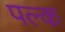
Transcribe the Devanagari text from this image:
पल्क